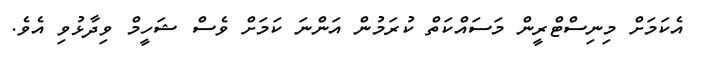
އެކަމަށް މިނިސްޓްރީން މަސައްކަތް ކުރަމުން އަންނަ ކަމަށް ވެސް ޝަހީމް ވިދާޅުވި އެވެ.